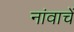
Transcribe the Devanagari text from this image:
नांवाचें